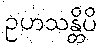
ဥဟသန္တိပိ